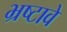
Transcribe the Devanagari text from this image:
भ्रष्टावे